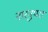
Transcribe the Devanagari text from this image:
नारनुपरा